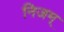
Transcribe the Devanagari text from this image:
निजम्